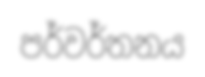
පර්වර්තනය